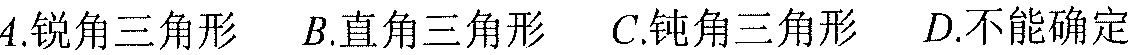
\(A.\)锐角三角形 \(B.\)直角三角形 \(C.\)钝角三角形 \(D.\)不能确定